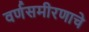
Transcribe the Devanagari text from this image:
वर्णसमीरणाचे